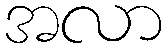
အလာ